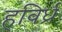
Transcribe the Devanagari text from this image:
हविर्ध्र